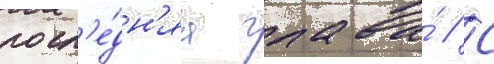
посл'е́дн'яа глава́ // С